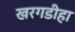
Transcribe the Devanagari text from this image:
खरगडीहा